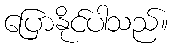
ပြောနိုင်ပါသည်။